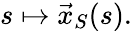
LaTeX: s\mapsto{\vec{x}}_{S}(s).